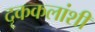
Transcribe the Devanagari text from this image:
दृककलांशी